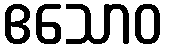
ဧသောဝ